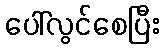
ပေါ်လွင်စေပြီး